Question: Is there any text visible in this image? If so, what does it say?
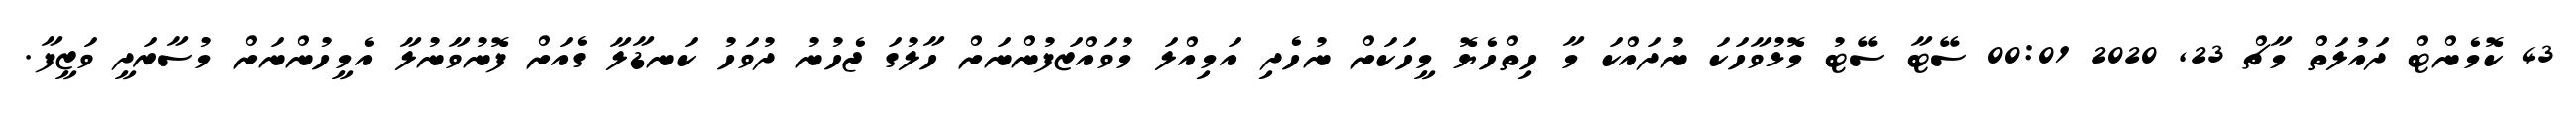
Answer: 43 ކޮމެންޓް ދައުލަތް މާޗް 23, 2020 00:01 ސޭޓާ ސޭޓު މޮޅުވާހަކަ ނުދައްކަ މާ ހިތްހެޔޮ މީހަކަށް ނުހެދި އަމިއްލަ މުވައްޒަފުންނަށް ހާލުގަ ޖެހުނު ދުވަހު ކަނޑާލާ ގެއަށް ފޮނުވާނުލާ އެމީހުންނަށް މުސާރަދީ ވަޒީފާ.